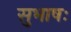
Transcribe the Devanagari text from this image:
सुभाषः